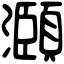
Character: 㶊